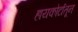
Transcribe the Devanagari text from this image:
हायकोर्टातून